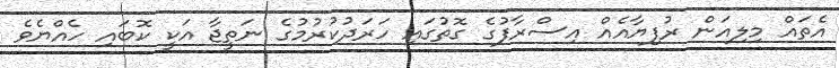
އެތައް މިލިއަން ރުފިޔާއެއް އިސްރާފުގެ ގޮތުގައި ހަރަދުކުރުމުގެ ނަތީޖާ އަކީ ކޮބައި ހެއްޔެވެ